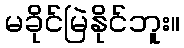
မခိုင်မြဲနိုင်ဘူး။